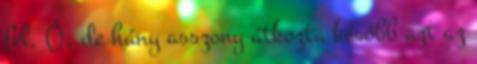
fel. Ó, de hány asszony átkozta később azt az